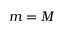
m = M